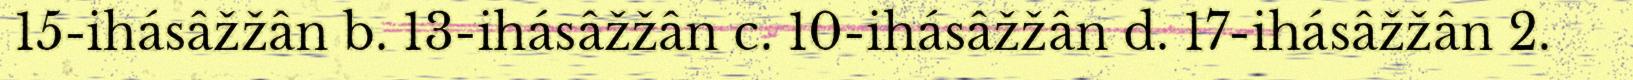
15-ihásâžžân b. 13-ihásâžžân c. 10-ihásâžžân d. 17-ihásâžžân 2.